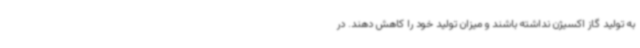
به تولید گاز اکسیژن نداشته باشند و میزان تولید خود را کاهش دهند. در